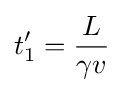
t_{1}'={\frac {L}{\gamma v}}